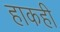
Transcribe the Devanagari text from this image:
हाकही